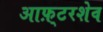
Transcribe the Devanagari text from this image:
आफ़्टरशेव